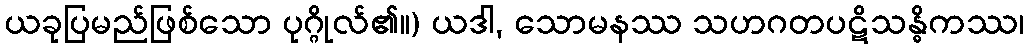
ယခုပြမည်ဖြစ်သော ပုဂ္ဂိုလ်၏။) ယဒါ, သောမနဿ သဟဂတပဋိသန္ဓိကဿ၊